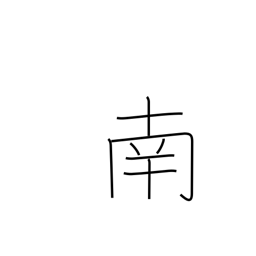
Meaning: south